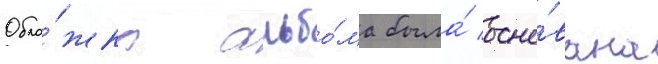
Обло́жка альбо́ма была́ осно́вана